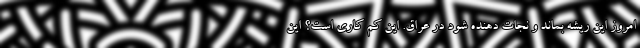
امروز این ریشه بماند و نجات دهنده شود در عراق. این کم کاری است؟ این